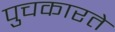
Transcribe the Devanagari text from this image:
पुचकारते